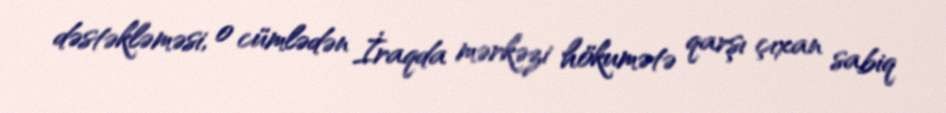
dəstəkləməsi, o cümlədən İraqda mərkəzi hökumətə qarşı çıxan sabiq